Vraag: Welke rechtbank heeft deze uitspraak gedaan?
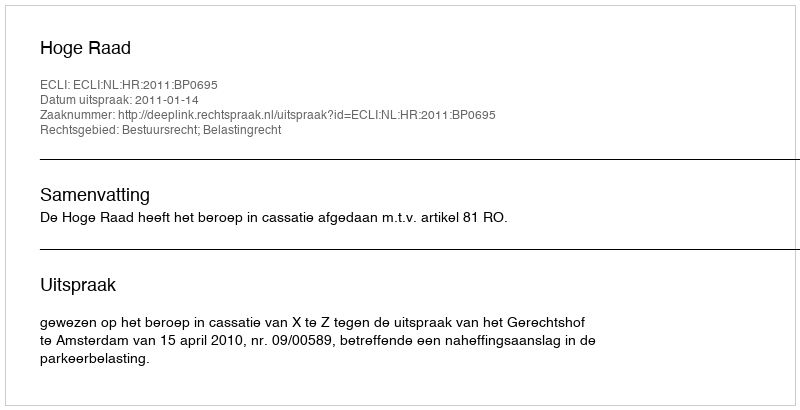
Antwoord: Hoge Raad